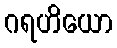
ဂရဟိယော